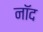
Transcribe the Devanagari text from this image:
नॉद